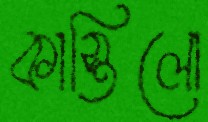
কাস্তিলো